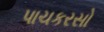
પાચકરસો